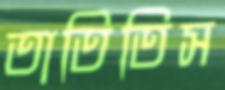
তাতিতিস